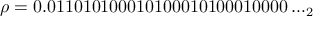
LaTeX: \rho = 0 . 0 1 1 0 1 0 1 0 0 0 1 0 1 0 0 0 1 0 1 0 0 0 1 0 0 0 0 \ldots _ { 2 }